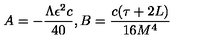
A = - \frac { \Lambda \epsilon ^ { 2 } c } { 4 0 } , B = \frac { c ( \tau + 2 L ) } { 1 6 M ^ { 4 } }